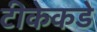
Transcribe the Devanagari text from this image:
टीकेकडे